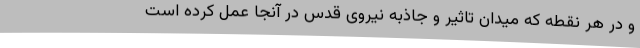
و در هر نقطه که میدان تاثیر و جاذبه نیروی قدس در آنجا عمل کرده است